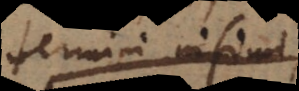
termini infimi